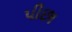
પીછા